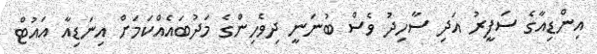
އިންޑިއާގެ ސަފީރު އަދި ސާހިދު ވެސް ބުނަނީ ދިވެހިންގެ މަދުބައެއްކަމަށް އިނަޑިއާ އައުޓް